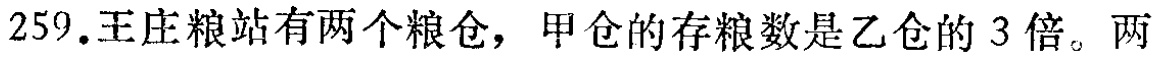
259.王庄粮站有两个粮仓，甲仓的存粮数是乙仓的 3 倍。两